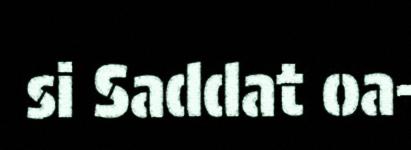
si Saddat oa-